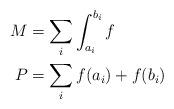
LaTeX: \begin{align*} M &= \displaystyle\sum_i \int_{a_i}^{b_i} f\\ P &= \displaystyle\sum_i f(a_i) + f(b_i) \end{align*}